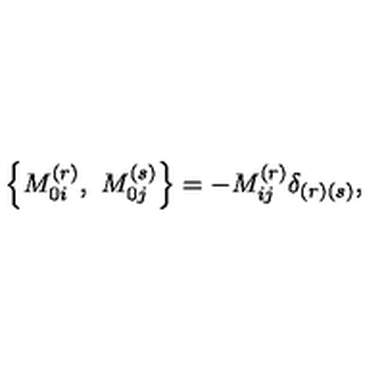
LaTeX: \left\{ M _ { 0 i } ^ { ( r ) } , \ M _ { 0 j } ^ { ( s ) } \right\} = - M _ { i j } ^ { ( r ) } \delta _ { \left( r \right) \left( s \right) } ,